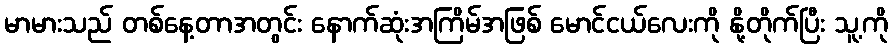
မာမားသည် တစ်နေ့တာအတွင်း နောက်ဆုံးအကြိမ်အဖြစ် မောင်ငယ်လေးကို နို့တိုက်ပြီး သူ့ကို